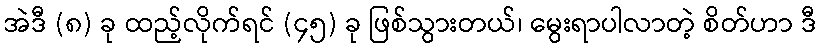
အဲဒီ (၈) ခု ထည့်လိုက်ရင် (၄၅) ခု ဖြစ်သွားတယ်၊ မွေးရာပါလာတဲ့ စိတ်ဟာ ဒီ